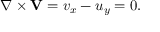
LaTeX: \nabla \times \mathbf { V } = v _ { x } - u _ { y } = 0 .